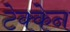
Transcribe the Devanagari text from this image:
टेक्केन